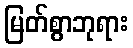
မြတ်စွာဘုရား